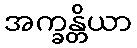
အက္ခန္တိယာ